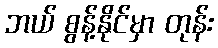
ဘယ် စွန့်နိုင်မှာ တုန်း